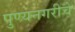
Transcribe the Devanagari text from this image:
पुण्यनगरीचे